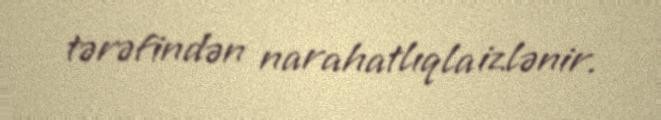
tərəfindən narahatlıqla izlənir.